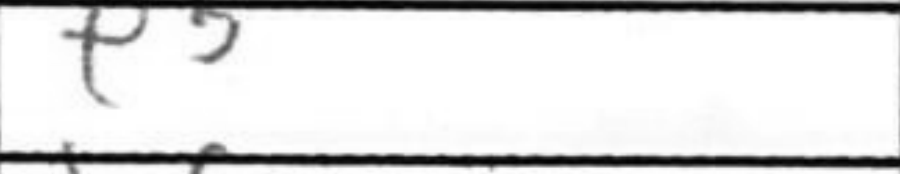
Transcription: e5